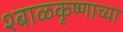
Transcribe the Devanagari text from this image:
श्बाळकृष्णाच्या